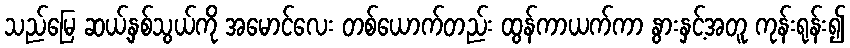
သည်မြေ ဆယ့်နှစ်သွယ်ကို အမောင်လေး တစ်ယောက်တည်း ထွန်ကာယက်ကာ နွားနှင့်အတူ ကုန်းရုန်း၍